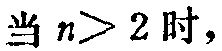
当 \(n > 2\) 时，